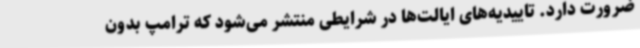
ضرورت دارد. تاییدیه‌های ایالت‌ها در شرایطی منتشر می‌شود که ترامپ بدون